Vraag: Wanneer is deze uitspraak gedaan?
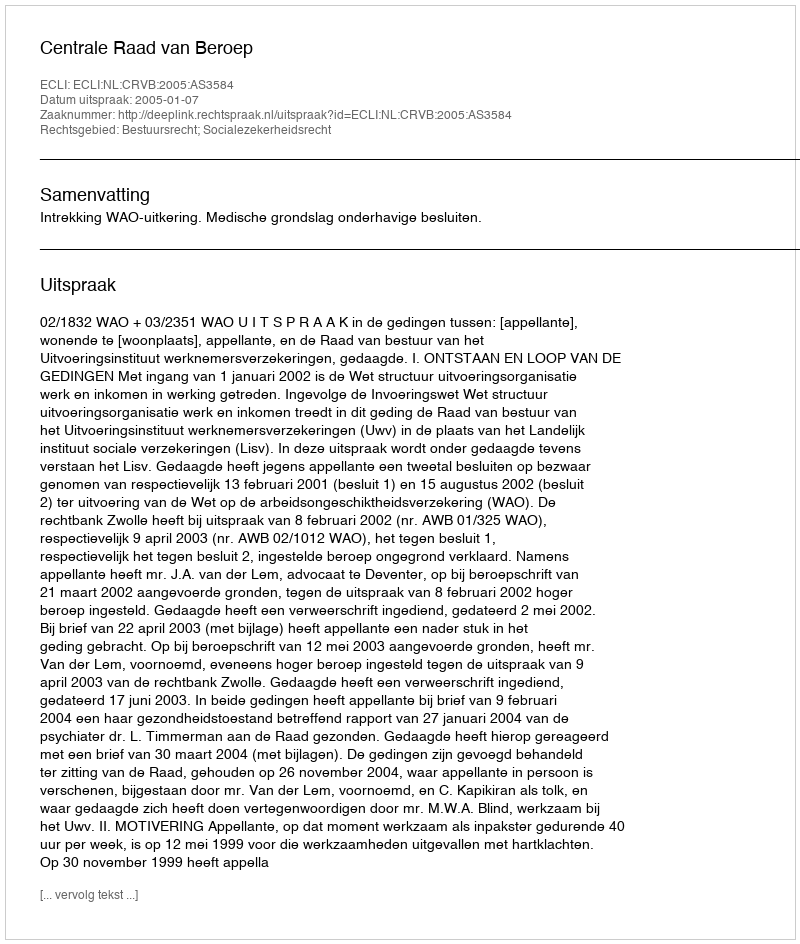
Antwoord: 2005-01-07